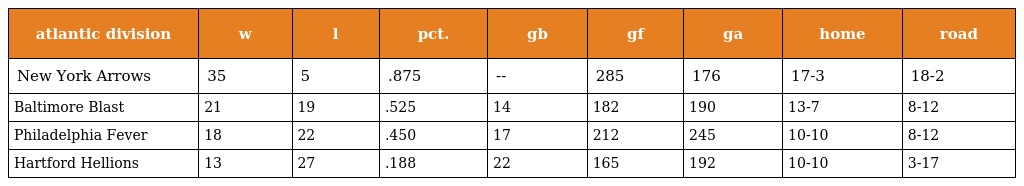
| atlantic division | w | l | pct. | gb | gf | ga | home | road |
 | --- | --- | --- | --- | --- | --- | --- | --- | --- |
 | New York Arrows | 35 | 5 | .875 | -- | 285 | 176 | 17-3 | 18-2 |
 | Baltimore Blast | 21 | 19 | .525 | 14 | 182 | 190 | 13-7 | 8-12 |
 | Philadelphia Fever | 18 | 22 | .450 | 17 | 212 | 245 | 10-10 | 8-12 |
 | Hartford Hellions | 13 | 27 | .188 | 22 | 165 | 192 | 10-10 | 3-17 |